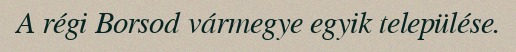
A régi Borsod vármegye egyik települése.